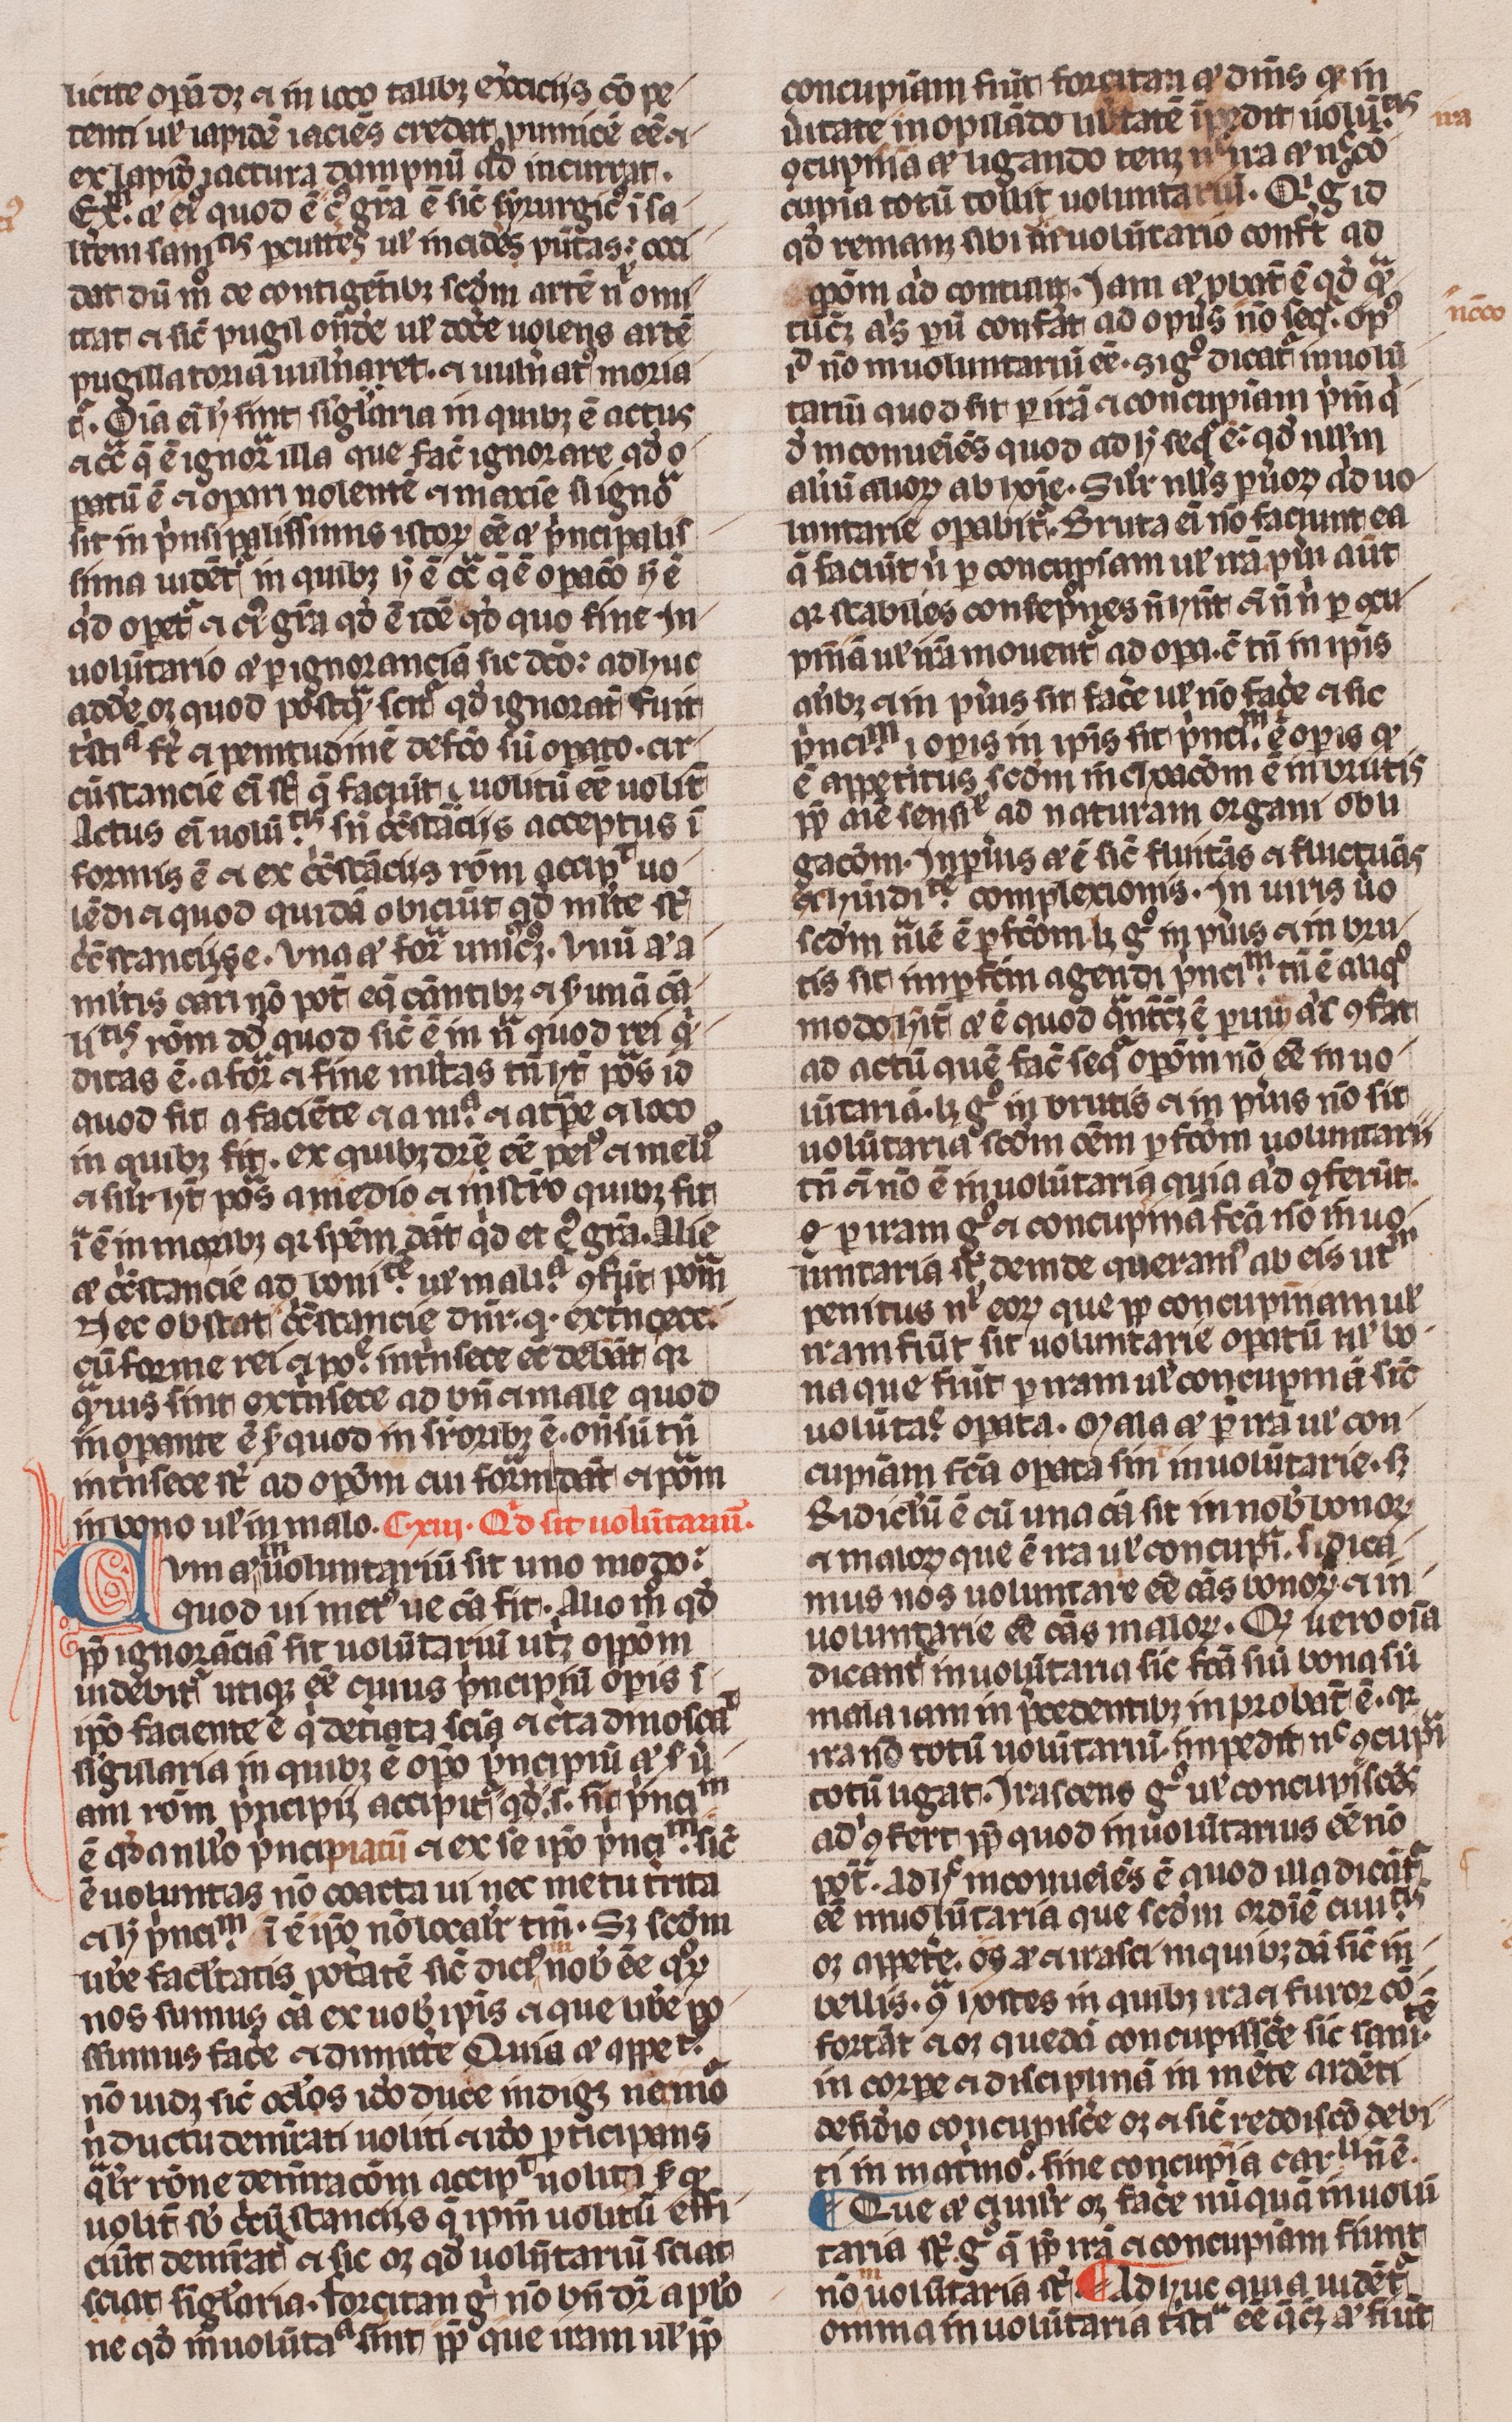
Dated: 1300–1399